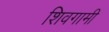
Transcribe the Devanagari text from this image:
शिवगामी